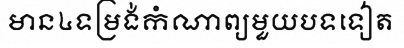
មាន៤ទម្រង់កំណាព្យមួយបទទៀត